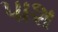
પાશ